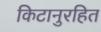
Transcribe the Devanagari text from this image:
किटानुरहित